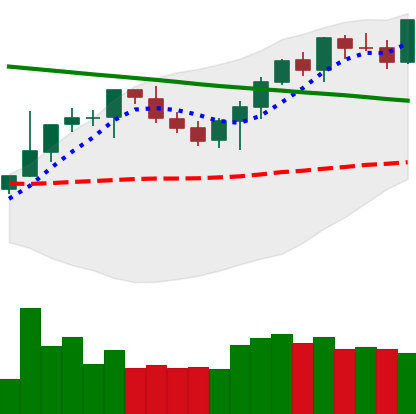
Ticker: BTC-USD
Chart end date: 2021-08-13
Forward return: -6.261%
Label: down_5_7